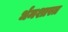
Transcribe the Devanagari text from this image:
र्धमशास्त्र